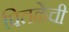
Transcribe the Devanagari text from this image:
पितळेंची